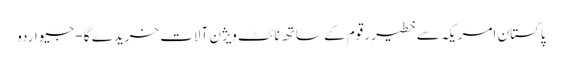
پاکستان امریکہ سے خطیر رقوم کے ساتھ نائٹ ویژن آلات خریدے گا - جیو اردو